Indian journal of veterinary science and animal husbandry - Volume 11,
Year: 1941
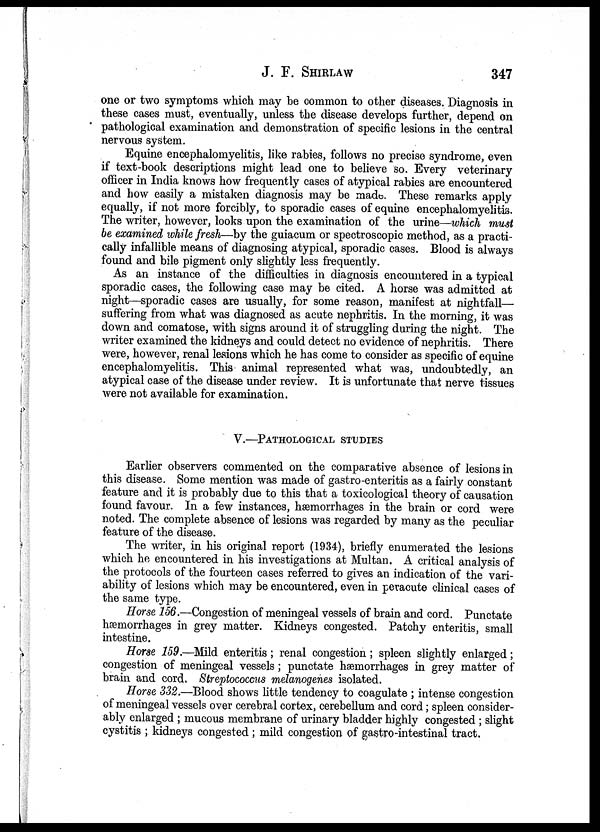
J. F.
SHIRLAW
347
one or two symptoms which may be common to other diseases. Diagnosis in
these cases must, eventually, unless the disease develops further, depend on
pathological examination and demonstration of specific lesions in the central
nervous system.
Equine encephalomyelitis, like rabies, follows no precise syndrome, even
if text-book descriptions might lead one to believe so. Every veterinary
officer in India knows how frequently cases of atypical rabies are encountered
and how easily a mistaken diagnosis may be made. These remarks apply
equally, if not more forcibly, to sporadic cases of equine encephalomyelitis.
The writer, however, looks upon the examination of the urine—which must
be examined while fresh—by the guiacum or spectroscopic method, as a practi-
cally infallible means of diagnosing atypical, sporadic cases. Blood is always
found and bile pigment only slightly less frequently.
As an instance of the difficulties in diagnosis encountered in a typical
sporadic cases, the following case may be cited. A horse was admitted at
night—sporadic cases are usually, for some reason, manifest at nightfall—
suffering from what was diagnosed as acute nephritis. In the morning, it was
down and comatose, with signs around it of struggling during the night. The
writer examined the kidneys and could detect no evidence of nephritis. There
were, however, renal lesions which he has come to consider as specific of equine
encephalomyelitis. This animal represented what was, undoubtedly, an
atypical case of the disease under review. It is unfortunate that nerve tissues
were not available for examination.
V.—PATHOLOGICAL STUDIES
Earlier observers commented on the comparative absence of lesions in
this disease. Some mention was made of gastro-enteritis as a fairly constant
feature and it is probably due to this that a toxicological theory of causation
found favour. In a few instances, hæmorrhages in the brain or cord were
noted. The complete absence of lesions was regarded by many as the peculiar
feature of the disease.
The writer, in his original report (1934), briefly enumerated the lesions
which he encountered in his investigations at Multan. A critical analysis of
the protocols of the fourteen cases referred to gives an indication of the vari-
ability of lesions which may be encountered, even in peracute clinical cases of
the same type.
Horse 156.—Congestion of meningeal vessels of brain and cord. Punctate
hæmorrhages in grey matter. Kidneys congested. Patchy enteritis, small
intestine.
Horse 159.—Mild enteritis ; renal congestion; spleen slightly enlarged;
congestion of meningeal vessels ; punctate hæmorrhages in grey matter of
brain and cord. Streptococcus melanogenes isolated.
Horse 332.—Blood shows little tendency to coagulate ; intense congestion
of meningeal vessels over cerebral cortex, cerebellum and cord; spleen consider-
ably enlarged ; mucous membrane of urinary bladder highly congested ; slight
cystitis ; kidneys congested ; mild congestion of gastro-intestinal tract.